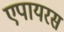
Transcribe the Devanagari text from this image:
एपायरस